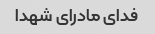
فدای مادرای شهدا